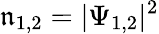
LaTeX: \mathfrak{n}_{1,2}=|\Psi_{1,2}|^{2}